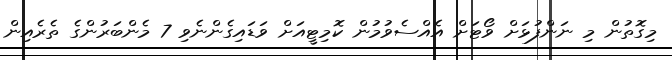
މިގޮތުން މި ނަންފުޅަށް ވޯޓަށް އެއްސެވުމުން ކޮމިޓީއަށް ވަޑައިގެންނެވި 7 މެންބަރުންގެ ތެރެއިން